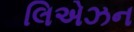
લિએઝન